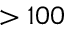
> 1 0 0